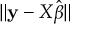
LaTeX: \| \mathbf { y } - X { \hat { \boldsymbol { \beta } } } \|